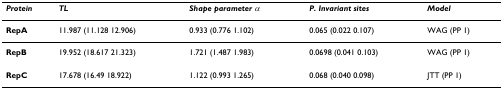
<table><thead><tr><td><b><i>Protein</i></b></td><td><b><i>TL</i></b></td><td><b><i>Shape parameter α</i></b></td><td><b><i>P. Invariant sites</i></b></td><td><b><i>Model</i></b></td></tr></thead><tbody><tr><td><b>RepA</b></td><td>11.987 (11.128 12.906)</td><td>0.933 (0.776 1.102)</td><td>0.065 (0.022 0.107)</td><td>WAG (PP 1)</td></tr><tr><td><b>RepB</b></td><td>19.952 (18.617 21.323)</td><td>1.721 (1.487 1.983)</td><td>0.0698 (0.041 0.103)</td><td>WAG (PP 1)</td></tr><tr><td><b>RepC</b></td><td>17.678 (16.49 18.922)</td><td>1.122 (0.993 1.265)</td><td>0.068 (0.040 0.098)</td><td>JTT (PP 1)</td></tr></tbody></table>